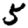
Digit: 5